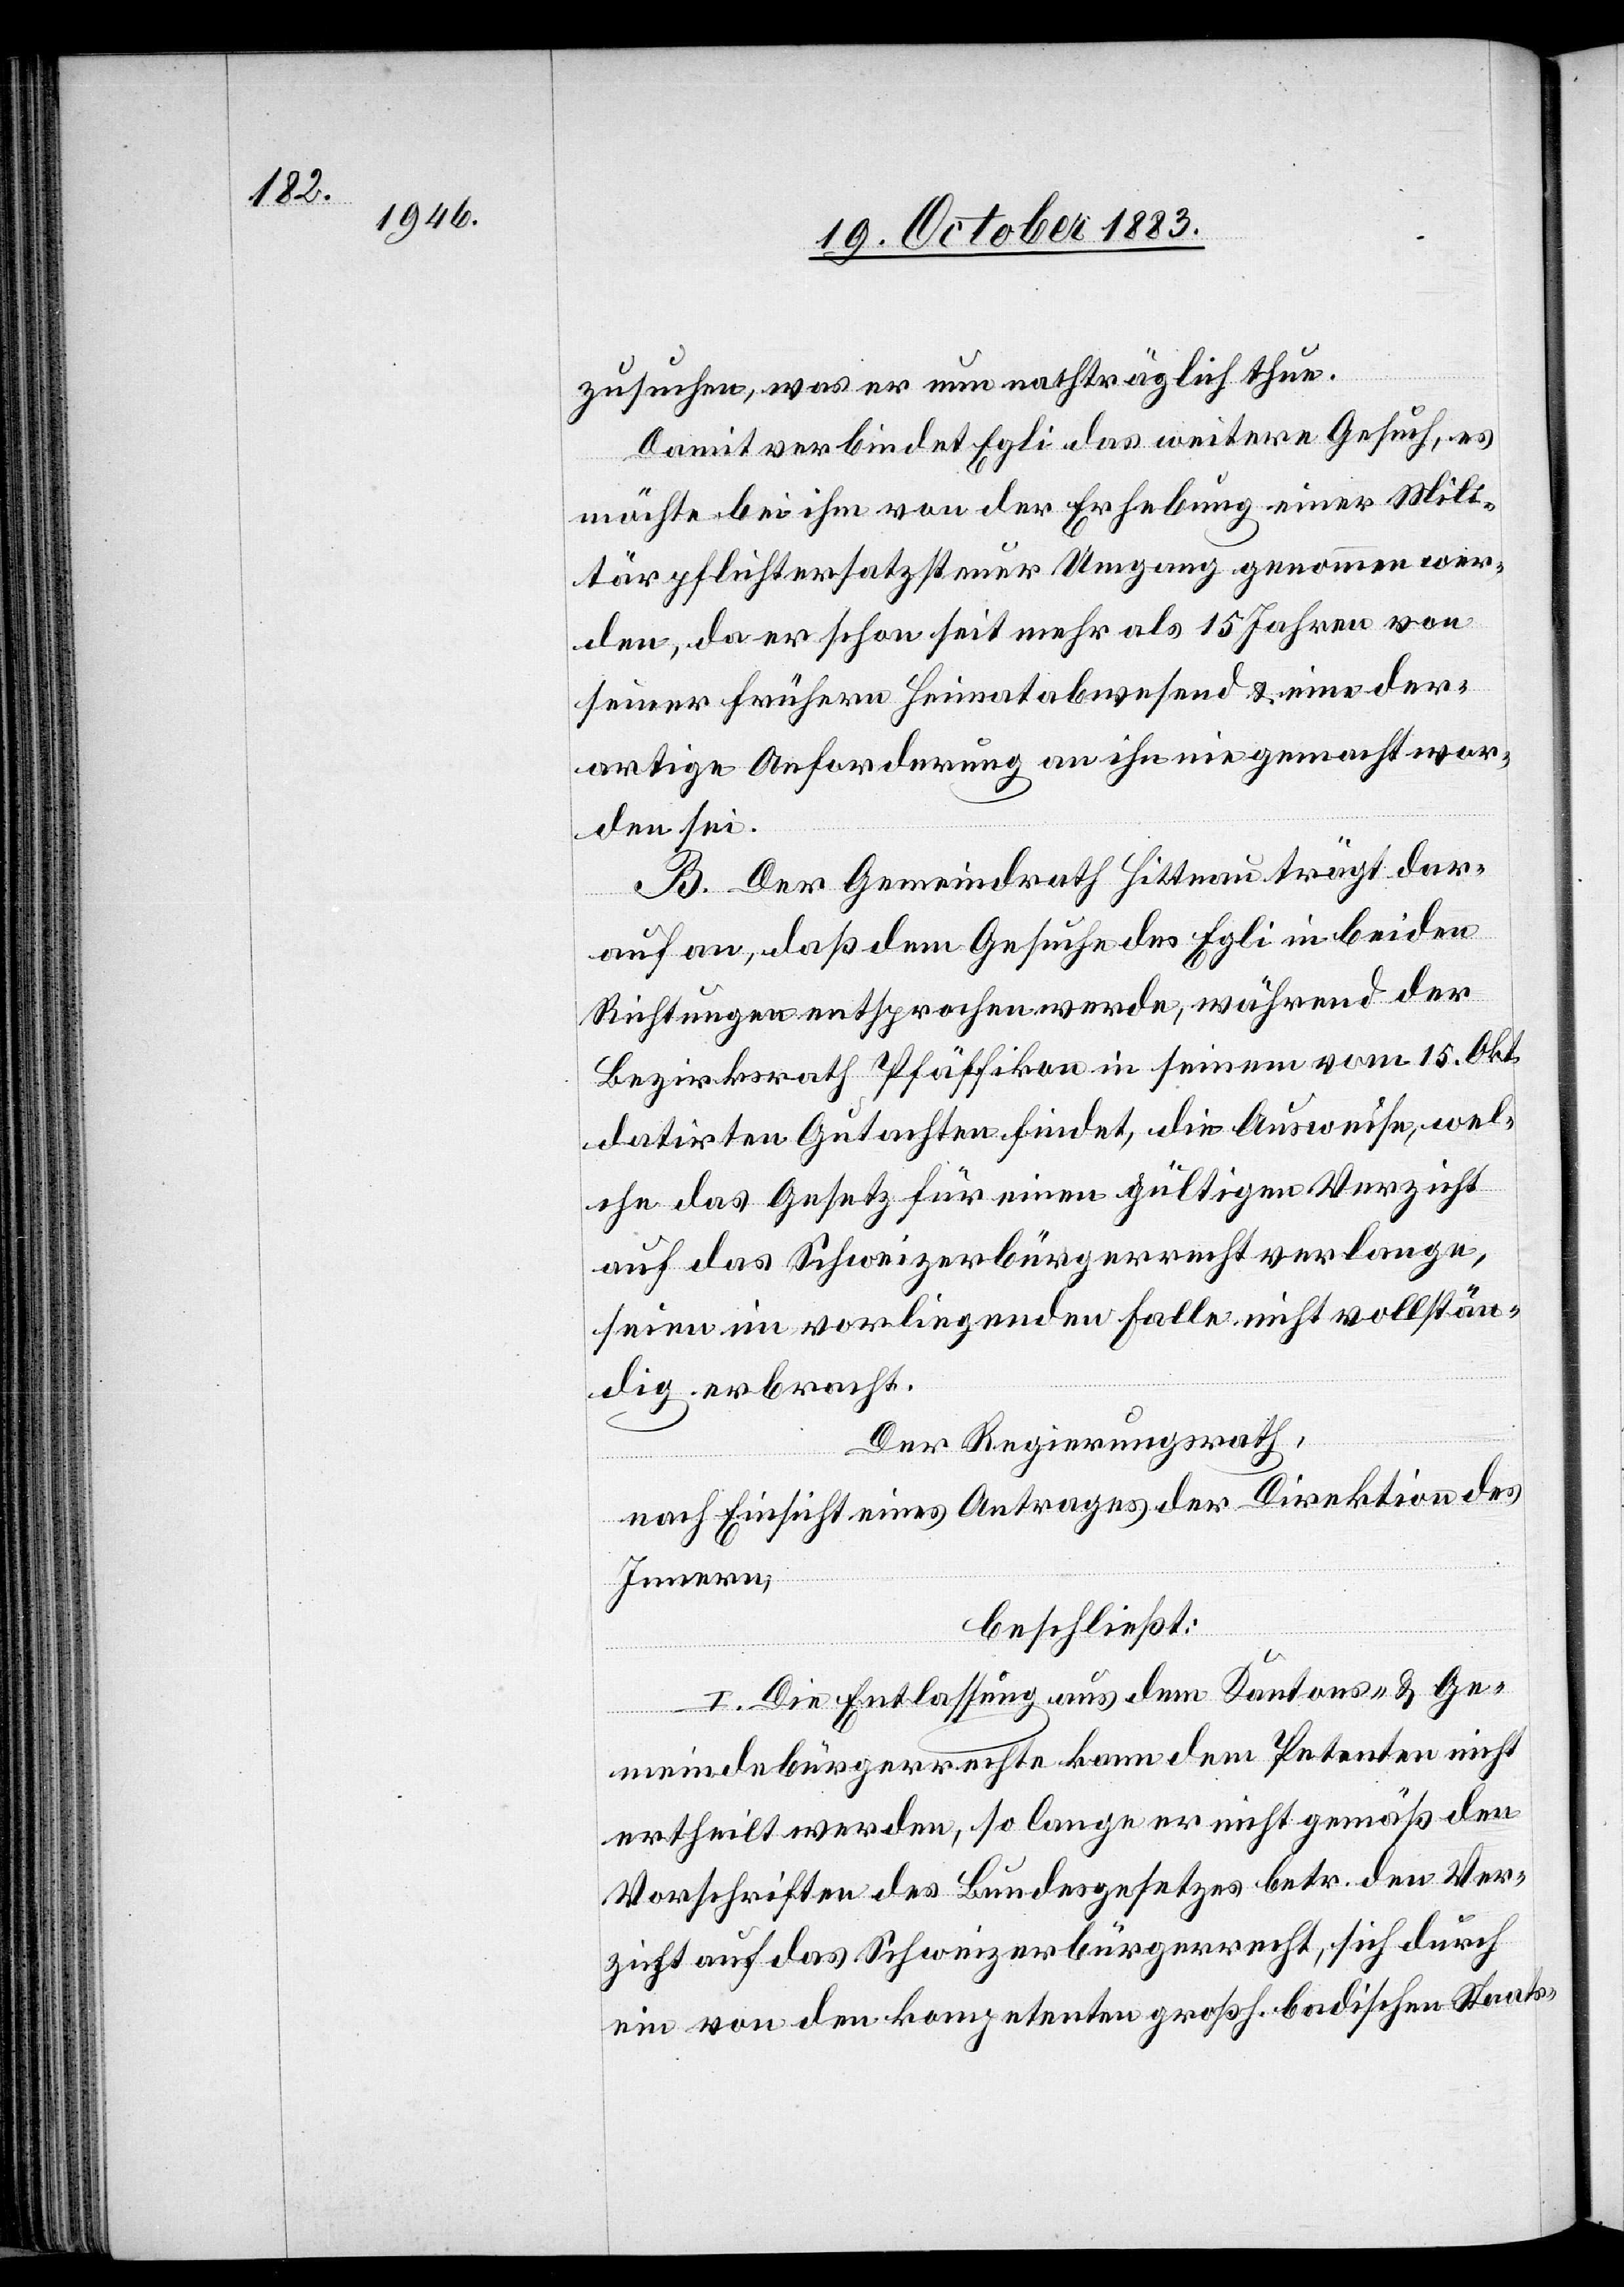
zusuchen, was er nun nachträglich thue.
Damit verbindet Egli das weitere Gesuch, es
möchte bei ihm von der Erhebung einer Mili¬
tärpflichtersatzsteuer Umgang genommen wer¬
den, da er schon seit mehr als 15 Jahren von
seiner frühern Heimat abwesend & eine der¬
artige Anforderung an ihn nie gemacht wor¬
den sei.
B. Der Gemeindrath Hittnau trägt dar¬
auf an, daß dem Gesuche des Egli in beiden
Richtungen entsprochen werde, während der
Bezirksrath Pfäffikon in seinem vom 15. Okt.
datirten Gutachten findet, die Ausweise, wel¬
che das Gesetz für einen gültigen Verzicht
auf das Schweizerbürgerrecht verlange,
seien im vorliegenden Falle nicht vollstän¬
dig erbracht.
Der Regierungsrath,
nach Einsicht eines Antrages der Direktion des
Innern,
beschließt:
I. Die Entlassung aus dem Kantons- & Ge¬
meindebürgerrechte kann dem Petenten nicht
ertheilt werden, so lange er nicht gemäß den
Vorschriften des Bundesgesetzes betr. den Ver¬
zicht auf das Schweizerbürgerrecht, sich durch
ein von den kompetenten großh. badischen Staats-